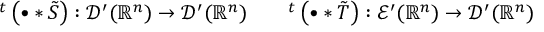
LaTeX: { } ^ { t } \left( \bullet \ast { \tilde { S } } \right) : { \mathcal { D } } ^ { \prime } ( \mathbb { R } ^ { n } ) \to { \mathcal { D } } ^ { \prime } ( \mathbb { R } ^ { n } ) \qquad { } ^ { t } \left( \bullet \ast { \tilde { T } } \right) : { \mathcal { E } } ^ { \prime } ( \mathbb { R } ^ { n } ) \to { \mathcal { D } } ^ { \prime } ( \mathbb { R } ^ { n } )